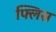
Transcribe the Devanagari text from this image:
फ्लिस